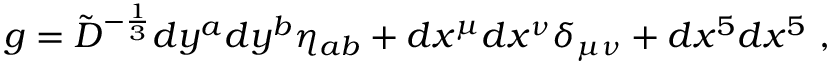
g = { \tilde { D } } ^ { - { \frac { 1 } { 3 } } } d y ^ { a } d y ^ { b } \eta _ { a b } + d x ^ { \mu } d x ^ { \nu } \delta _ { \mu \nu } + d x ^ { 5 } d x ^ { 5 } \ ,